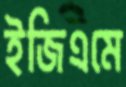
ইজিএমে